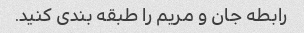
رابطه جان و مریم را طبقه بندی کنید.